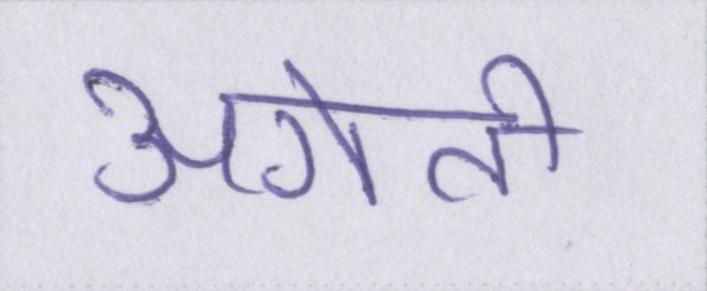
अगेती